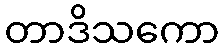
တာဒိသကော